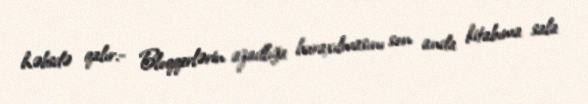
həbsdə qalır.- Bloqqerlərin azadlığa buraxılmasını son anda kitabıma sala